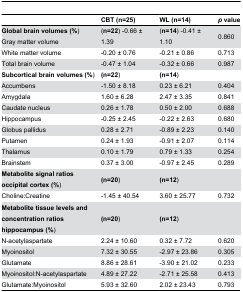
<table><thead><tr><td></td><td><b>CBT (n=25)</b></td><td><b>WL (n=14)</b></td><td><b><i>p</i> value</b></td></tr></thead><tbody><tr><td><b>Global brain volumes (%</b>) Gray matter volume</td><td>(<b>n=22</b>) -0.66 ± 1.39</td><td>(<b>n=14</b>) -0.41 ± 1.10</td><td>0.860</td></tr><tr><td> White matter volume</td><td>-0.20 ± 0.76</td><td>-0.21 ± 0.86</td><td>0.713</td></tr><tr><td> Total brain volume</td><td>-0.47 ± 1.04</td><td>-0.32 ± 0.66</td><td>0.987</td></tr><tr><td><b>Subcortical brain volumes (%</b>)</td><td><b>(n=22</b>)</td><td><b>(n=14</b>)</td><td></td></tr><tr><td> Accumbens</td><td>-1.50 ± 8.18</td><td>0.23 ± 6.21</td><td>0.404</td></tr><tr><td> Amygdala</td><td>1.60 ± 6.28</td><td>2.47 ± 3.35</td><td>0.841</td></tr><tr><td> Caudate nucleus</td><td>0.26 ± 1.78</td><td>0.50 ± 2.00</td><td>0.688</td></tr><tr><td> Hippocampus</td><td>-0.25 ± 2.45</td><td>-0.22 ± 2.63</td><td>0.680</td></tr><tr><td> Globus pallidus</td><td>0.28 ± 2.71</td><td>-0.89 ± 2.23</td><td>0.140</td></tr><tr><td> Putamen</td><td>0.24 ± 1.93</td><td>-0.91 ± 2.07</td><td>0.114</td></tr><tr><td> Thalamus</td><td>0.10 ± 1.79</td><td>0.79 ± 1.33</td><td>0.254</td></tr><tr><td> Brainstem</td><td>0.37 ± 3.00</td><td>-0.97 ± 2.45</td><td>0.289</td></tr><tr><td><b>Metabolite signal ratios occipital cortex (%</b>)</td><td><b>(n=20</b>)</td><td><b>(n=12</b>)</td><td></td></tr><tr><td> Choline:Creatine</td><td>-1.45 ± 40.54</td><td>3.60 ± 25.77</td><td>0.732</td></tr><tr><td><b>Metabolite tissue levels and concentration ratios hippocampus (%</b>)</td><td><b>(n=20</b>)</td><td><b>(n=12</b>)</td><td></td></tr><tr><td> N-acetylaspartate</td><td>2.24 ± 10.60</td><td>0.32 ± 7.72</td><td>0.620</td></tr><tr><td> Myoinositol</td><td>7.32 ± 30.55</td><td>-2.97 ± 23.86</td><td>0.305</td></tr><tr><td> Glutamate</td><td>8.86 ± 28.61</td><td>-3.90 ± 21.02</td><td>0.233</td></tr><tr><td> Myoinositol:N-acetylaspartate</td><td>4.89 ± 27.22</td><td>-2.71 ± 25.58</td><td>0.413</td></tr><tr><td> Glutamate:Myoinositol</td><td>5.93 ± 32.60</td><td>2.02 ± 23.43</td><td>0.793</td></tr></tbody></table>